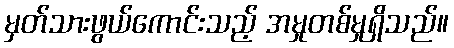
မှတ်သားဖွယ်ကောင်းသည့် အမှုတစ်မှုရှိသည်။